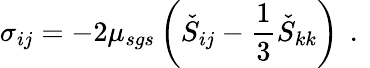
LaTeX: \sigma_{ij}=-2\mu_{sgs}\left(\check{S}_{ij}-\frac{1}{3}\check{S}_{kk}\right)\, \mathrm{~.~}